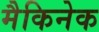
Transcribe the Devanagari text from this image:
मैकिनेक